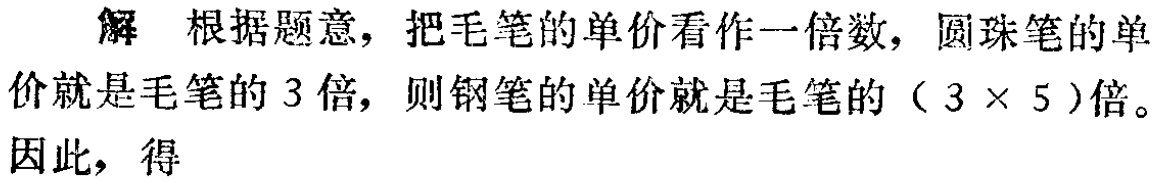
解 根据题意，把毛笔的单价看作一倍数，圆珠笔的单价就是毛笔的 3 倍，则钢笔的单价就是毛笔的（$3\times 5$）倍。因此，得